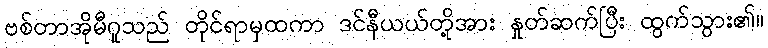
ဗစ်တာအိုမီဂူသည် တိုင်ရာမှထကာ ဒင်နီယယ်တို့အား နှုတ်ဆက်ပြီး ထွက်သွား၏။